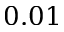
0 . 0 1